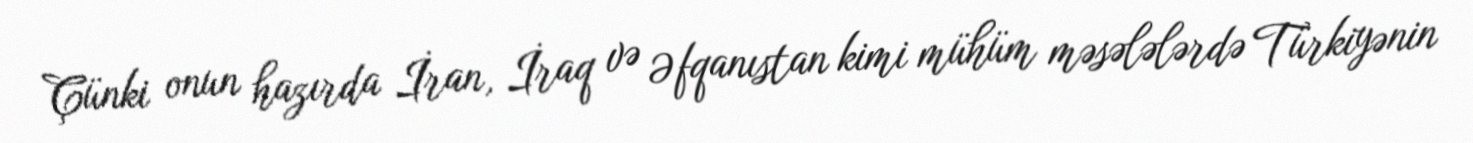
Çünki onun hazırda İran, İraq və Əfqanıstan kimi mühüm məsələlərdə Türkiyənin